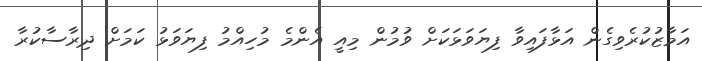
އަމާޒުކުރެވިގެން އަޅާފައިވާ ފިޔަވަޅަކަށް ވުމުން މިއީ އެންމެ މުހިއްމު ފިޔަވަޅު ކަމަށް ދިރާސާކުރާ